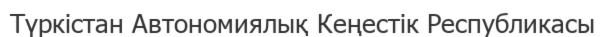
Түркістан Автономиялық Кеңестік Республикасы